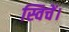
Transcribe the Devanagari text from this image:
स्विचें।